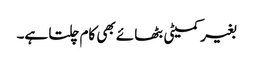
بغیر کمیٹی بٹھائے بھی کام چلتا ہے۔